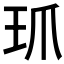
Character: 𤣺